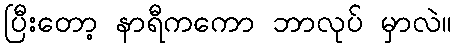
ပြီးတော့ နာရီကကော ဘာလုပ် မှာလဲ။